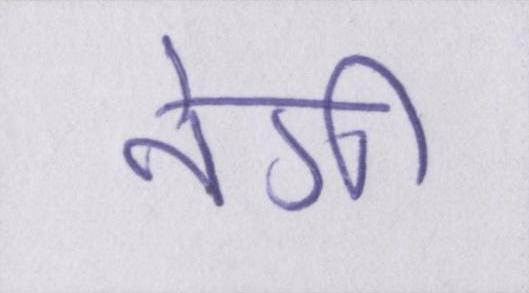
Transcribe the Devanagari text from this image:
नेगी